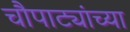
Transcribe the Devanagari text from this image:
चौपाट्यांच्या